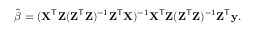
{ \hat { \boldsymbol { \beta } } } = ( \mathbf { X } ^ { \mathsf { T } } \mathbf { Z } ( \mathbf { Z } ^ { \mathsf { T } } \mathbf { Z } ) ^ { - 1 } \mathbf { Z } ^ { \mathsf { T } } \mathbf { X } ) ^ { - 1 } \mathbf { X } ^ { \mathsf { T } } \mathbf { Z } ( \mathbf { Z } ^ { \mathsf { T } } \mathbf { Z } ) ^ { - 1 } \mathbf { Z } ^ { \mathsf { T } } \mathbf { y } .